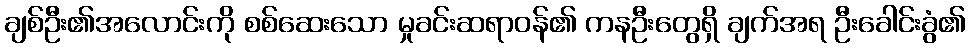
ချစ်ဦး၏အလောင်းကို စစ်ဆေးသော မှုခင်းဆရာဝန်၏ ကနဦးတွေရှိ ချက်အရ ဦးခေါင်းခွံ၏